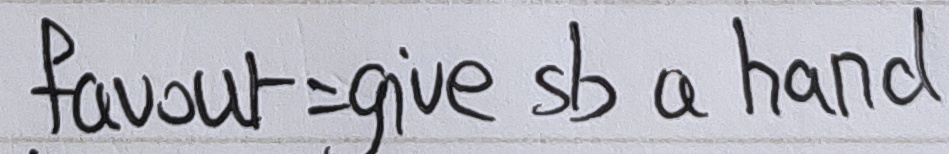
f a v o u r = g i v e s b a h a n d